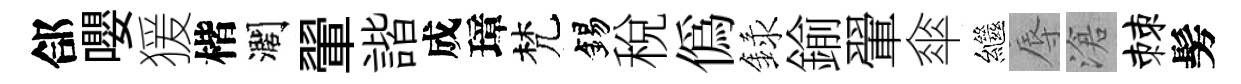
郃嚶猨楷濶翬諧成璋梵錫稅偽録鍮翬傘繼辱滄棘髣